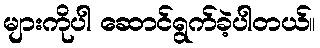
များကိုပါ ဆောင်ရွက်ခဲ့ပါတယ်။